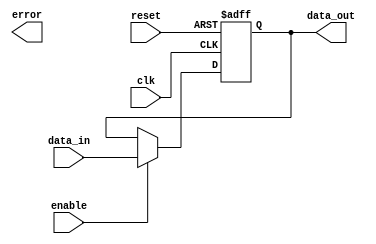
module Fallback_Bypass_register (
    input wire clk,
    input wire reset,
    input wire enable,
    input wire [15:0] data_in,
    output reg [15:0] data_out,
    output wire error
);

// Error detection and correction logic (to be implemented)

always @(posedge clk or posedge reset) begin
    if (reset) begin
        data_out <= 'b0;
    end else if (enable) begin
        data_out <= data_in;
    end
end

endmodule